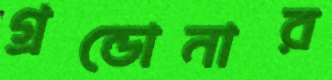
গ্রন্ডোনার